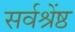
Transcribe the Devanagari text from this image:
सर्वश्रेंष्ठ